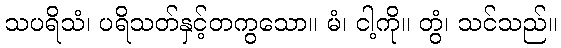
သပရိသံ၊ ပရိသတ်နှင့်တကွသော။ မံ၊ ငါ့ကို။ တွံ၊ သင်သည်။